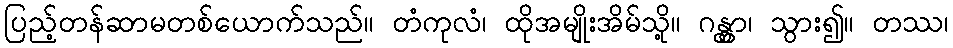
ပြည့်တန်ဆာမတစ်ယောက်သည်။ တံကုလံ၊ ထိုအမျိုးအိမ်သို့။ ဂန္တွာ၊ သွား၍။ တဿ၊